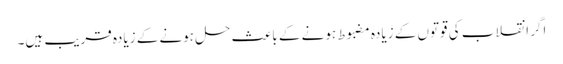
اگر انقلاب کی قوتوں کے زیادہ مضبوط ہونے کے باعث حل ہونے کے زیادہ قریب ہیں۔